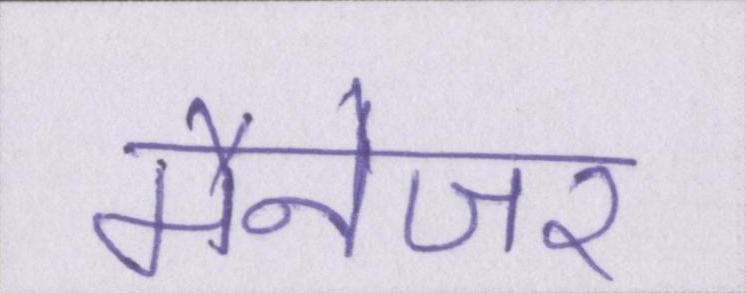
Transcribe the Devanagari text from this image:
मैनेजर